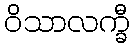
ဝိသာလက္ခီ